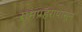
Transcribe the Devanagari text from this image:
रामप्रहरापासून